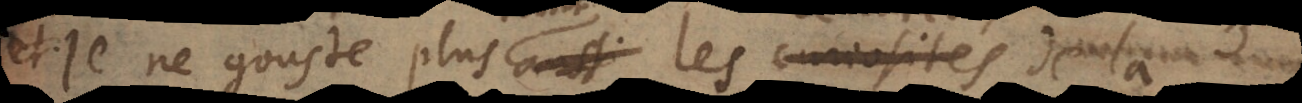
t je ne gouste plus aussi les curiosités d